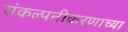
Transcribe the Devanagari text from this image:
संकल्पनीकरणाच्या